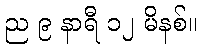
ည ၉ နာရီ ၁၂ မိနစ်။